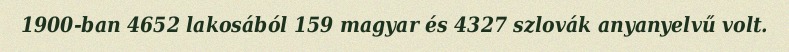
1900-ban 4652 lakosából 159 magyar és 4327 szlovák anyanyelvű volt.